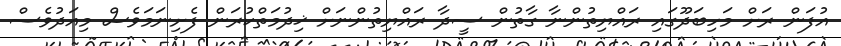
އުފަން ރަށް މަހިބަދޫގައި ރައްޔިތުންނާ ގާތުން ސީދާ ރައްޔިތުންނަށް ޚިދުމަތްކުރަން ފެށިނަމަވެސް މިއަދުވެސް